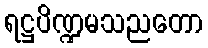
ရဋ္ဌပိဏ္ဍမသညတော